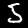
Digit: 5